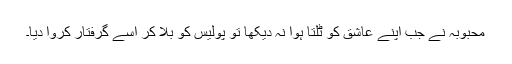
محبوبہ نے جب اپنے عاشق کو ٹلتا ہوا نہ دیکھا تو پولیس کو بُلا کر اُسے گرفتار کروا دیا۔